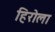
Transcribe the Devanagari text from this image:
हिरोला